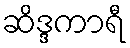
ဆိဒ္ဒကာရီ